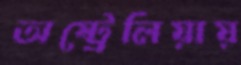
অষ্ট্রেলিয়ায়